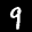
Label: 9